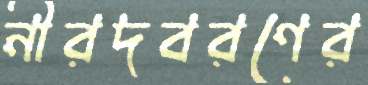
নীরদবরণের